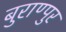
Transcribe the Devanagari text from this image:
बुराण्पुर